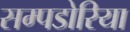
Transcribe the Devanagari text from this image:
सम्पडोरिया